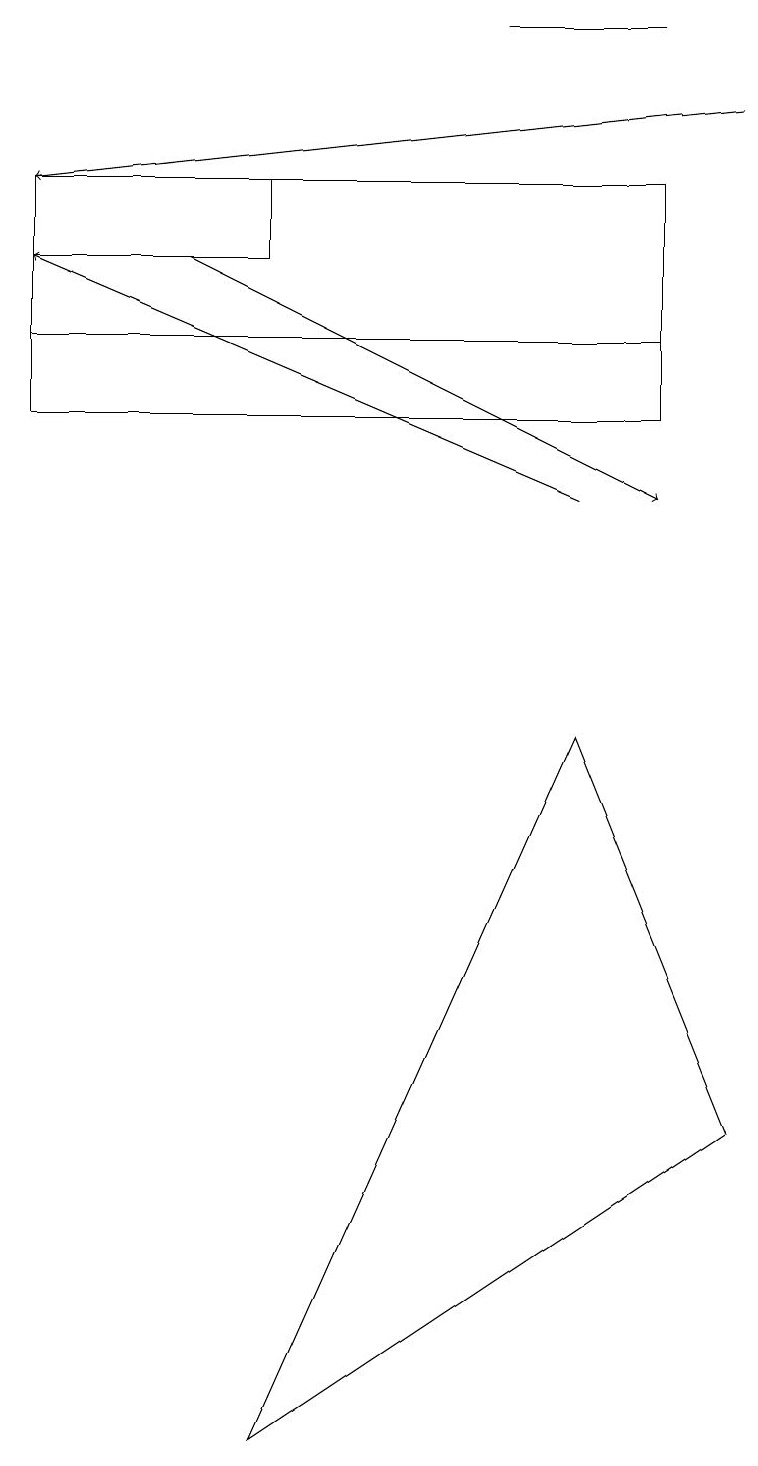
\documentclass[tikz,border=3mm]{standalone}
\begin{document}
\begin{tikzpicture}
\draw (7,9) -- (3,0) -- (9,4) -- cycle;
\draw (0,16) rectangle (3,15);
\draw (8,16) rectangle (0,13);
\draw[->] (2,15) -- (8,12);
\draw[->] (7,12) -- (0,15);
\draw[->] (9,17) -- (0,16);
\draw (8,18) rectangle (6,18);
\draw (0,14) rectangle (8,13);
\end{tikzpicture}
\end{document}